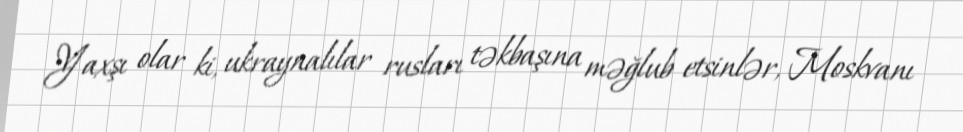
Yaxşı olar ki, ukraynalılar rusları təkbaşına məğlub etsinlər, Moskvanı